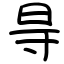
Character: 㝵